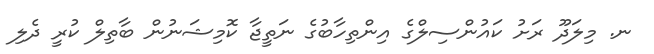
ނ. މިލަދޫ ރަށު ކައުންސިލްގެ އިންތިހާބުގެ ނަތީޖާ ކޮމިޝަނުން ބާތިލް ކުރީ ދެލި